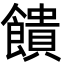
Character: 饋